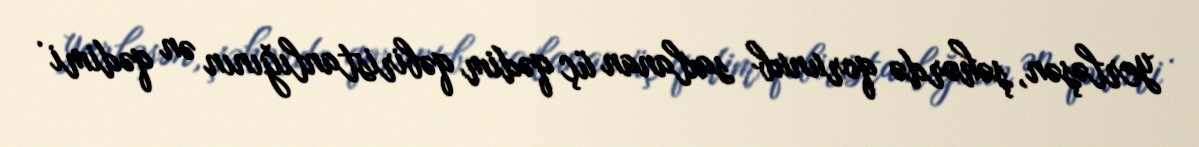
yerləşən, şəhərdə qorunub saxlanan üç qədim qəbiristanlığının ən qədimi .